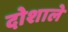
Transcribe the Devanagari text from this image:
दोशाले